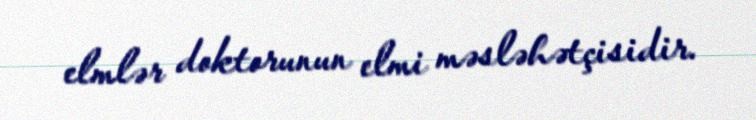
elmlər doktorunun elmi məsləhətçisidir.